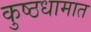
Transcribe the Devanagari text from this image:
कुष्ठधामात